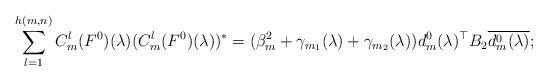
LaTeX: \begin{align*} \sum_{l=1}^{h(m,n)}C_{m}^{l}(F^{0})(\lambda)(C_{m}^{l}(F^{0})(\lambda))^{*}=(\beta_{m}^{2} +\gamma _{m_{1}} (\lambda )+\gamma _{m_{2}} (\lambda ))d_{m}^{0} (\lambda )^{\top} B_{2} \overline{d_{m}^{0} (\lambda )};\end{align*}